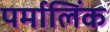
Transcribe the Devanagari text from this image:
पर्मालिंक